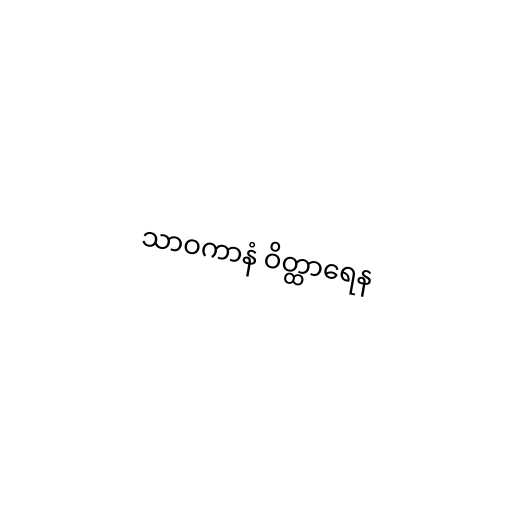
သာဝကာနံ ဝိတ္ထာရေန